画像に写った文字を読んでください
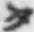
「タ」と書いてあります